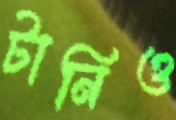
টানিও